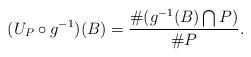
LaTeX: \begin{align*} ( U_P \circ g^{-1} )(B) = \frac{ \# ( g^{-1}(B) \bigcap P )}{\# P}.\end{align*}